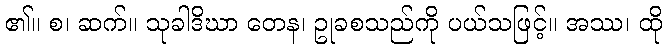
၏။ စ၊ ဆက်။ သုခါဒိဃာ တေန၊ ဥုခစသည်ကို ပယ်သဖြင့်။ အဿ၊ ထို